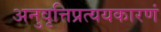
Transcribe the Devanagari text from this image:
अनुवृत्तिप्रत्ययकारणं